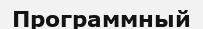
Программный